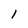
Character: 1